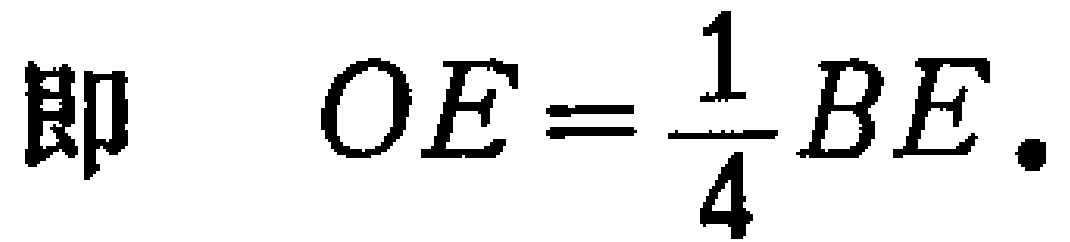
即 \(OE=\frac{1}{4}BE.\)